Leaving Certificate Examination, 1915
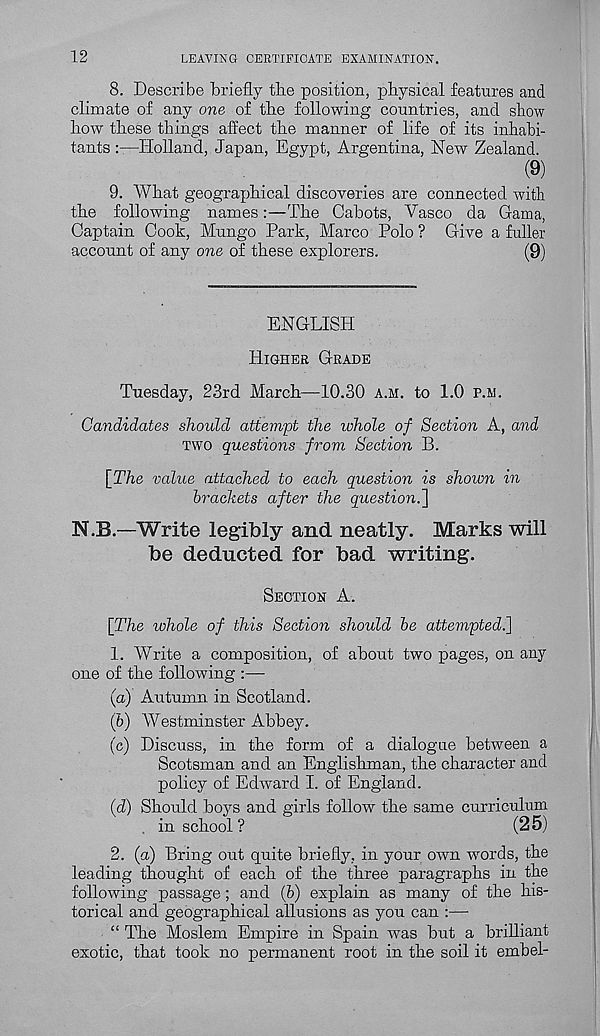
12
LEAVING CERTIFICATE EXAMINATION.
8. Describe briefly tbe position, physical features and
climate of any one of tbe following countries, and show
bow these things affect the manner of life of its inhabi-
tants :—Holland, Japan, Egypt, Argentina, New Zealand.
(9)
9. What geographical discoveries are connected with
the following names:—The Cabots, Vasco da Gama,
Captain Cook, Mungo Park, Marco Polo ? Give a fuller
account of any one of these explorers.
(9)
ENGLISH
HIGHER GRADE
Tuesday, 23rd March—10.30 A.H. to 1.0 P.H.
Candidates should attempt the whole of Section A, and
TWO questions from Section B.
[The value attached to each question is shown in
brackets after the question.~\
N.B.—Write legibly and neatly. Marks will
be deducted for bad writing.
SECTION A.
[The whole of this Section should be attempted^]
1. Write a composition, of about two pages, on any
one of the following :—
(а) Autumn in Scotland.
(б) Westminster Abbey.
(c) Discuss, in the form of a dialogue between a
Scotsman and an Englishman, the character and
policy of Edward I. of England.
(d) Should boys and girls follow the same curriculum
in school ?
(2 5)
2. (a) Bring out quite briefly, in your own words, the
leading thought of each of the three paragraphs in the
following passage; and (b) explain as many of the his-
torical and geographical allusions as you can :—
“ The Moslem Empire in Spain was but a brilliant
exotic, that took no permanent root in the soil it embel-